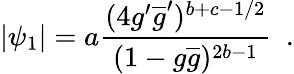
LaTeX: |\psi_{1}|=a\frac{(4g^{\prime}\overline{{{g}}}^{\prime})^{b+c-1/2}}{(1-g\overline{{{g}}})^{2b-1}}~~.